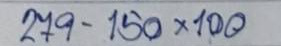
279 - 150 x 100